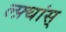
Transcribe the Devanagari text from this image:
ल्फ़्थांस्